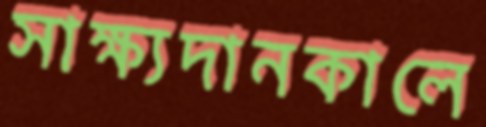
সাক্ষ্যদানকালে